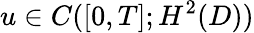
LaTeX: u\in C([0,T];H^{2}(D))